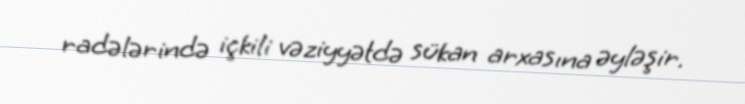
radələrində içkili vəziyyətdə sükan arxasına əyləşir.